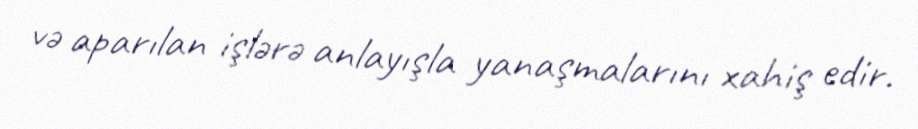
və aparılan işlərə anlayışla yanaşmalarını xahiş edir.